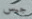
جيس